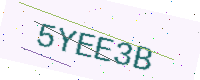
Text: 5YEE3B